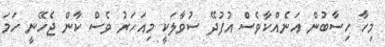
މިހާ ހިސާބުން އަނެއްކާވެސް އުފުދޭ ސުވާލަކީ މިއަހަރު ވެސް ކާން ޖެހޭނީ ހަމަ